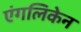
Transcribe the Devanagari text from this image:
एंगलिकेन